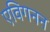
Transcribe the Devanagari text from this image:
एविगनन